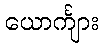
ယောင်္ကျား